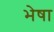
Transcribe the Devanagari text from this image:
भेषा